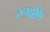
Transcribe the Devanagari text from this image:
रूपाणि